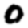
Digit: 0